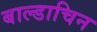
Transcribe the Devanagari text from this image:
बाल्डाचिन